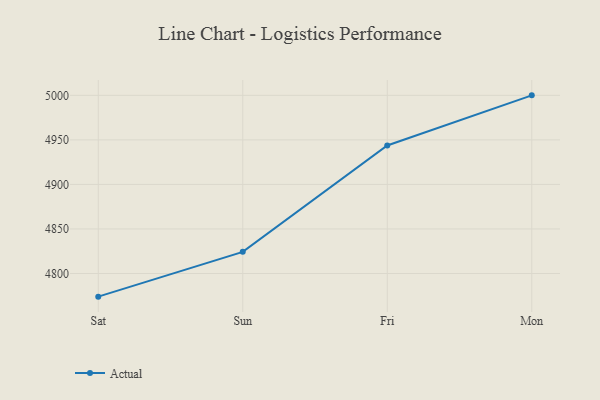
{"axis": {"x": "Day", "y": "Production Output"}, "legend": ["Actual"], "data": [{"x": "Sat", "y": 4774.0, "type": "Actual"}, {"x": "Sun", "y": 4824.3, "type": "Actual"}, {"x": "Fri", "y": 4943.7, "type": "Actual"}, {"x": "Mon", "y": 5000, "type": "Actual"}]}